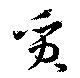
質